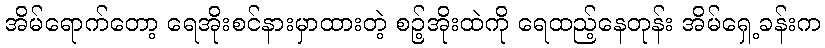
အိမ်ရောက်တော့ ရေအိုးစင်နားမှာထားတဲ့ စဉ့်အိုးထဲကို ရေထည့်နေတုန်း အိမ်ရှေ့ခန်းက